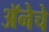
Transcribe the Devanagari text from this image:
अॅनेचे